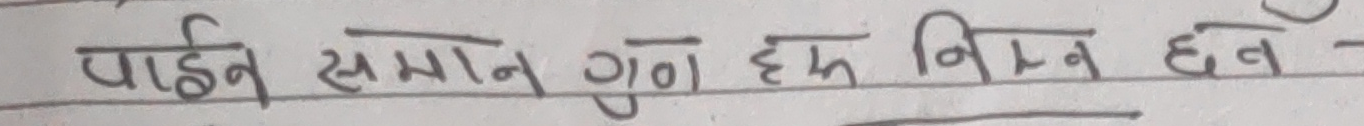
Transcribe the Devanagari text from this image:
पाईं समान गुण हम निम्न हन